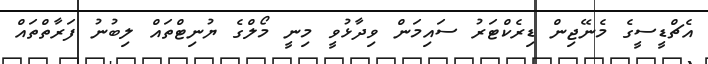
އެޗްޑީސީގެ މެނޭޖިން ޑިރެކްޓަރު ސައިމަން ވިދާޅުވީ މިނީ މޯލްގެ ޔުނިޓްތައް ލިބުނު ފަރާތްތައް